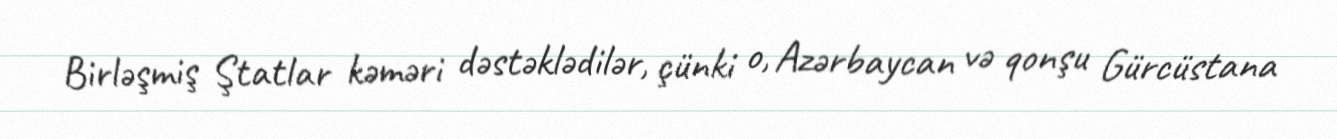
Birləşmiş Ştatlar kəməri dəstəklədilər, çünki o, Azərbaycan və qonşu Gürcüstana